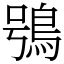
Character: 鴞